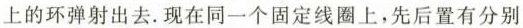
上的环弹射出去。现在同一个固定线圈上，先后置有分别